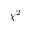
\chi ^ { 2 }